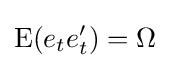
\mathrm {E} (e_{t}e_{t}')=\Omega